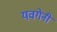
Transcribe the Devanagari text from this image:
यवगेनी